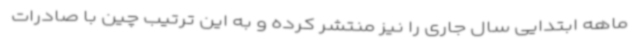
ماهه ابتدایی سال جاری را نیز منتشر کرده و به این ترتیب چین با صادرات